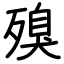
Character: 殠